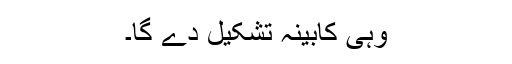
وہی کابینہ تشکیل دے گا۔